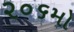
૨૦૬મો